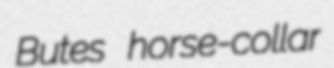
Butes horse-collar